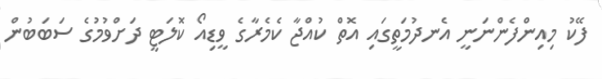
ފޭކު މިއިންފެންނަނީ އެނދުމަތީގައި އޮތް ކުއްޖާ ކެމެރާގެ ވީޑިއޯ ކޮލަޓީ ދަށްވުމުގެ ސަބަބުން